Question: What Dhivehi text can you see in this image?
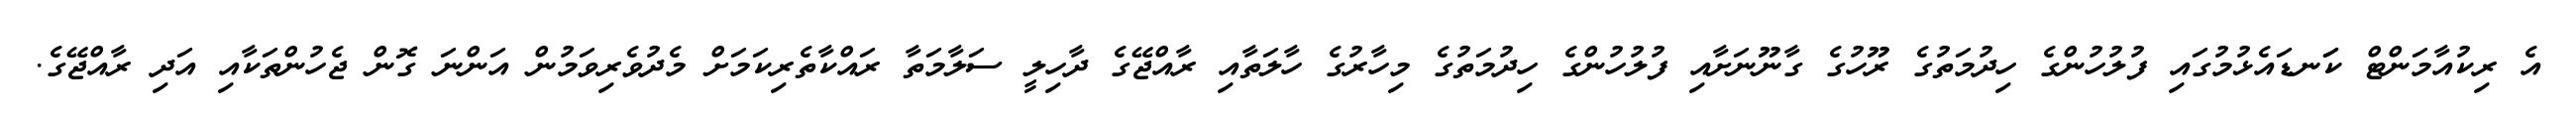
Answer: އެ ރިކުއާމަންޓް ކަަނޑައެޅުމުގައި ފުލުހުންގެ ހިދުމަތުގެ ރޫހުގެ ގާނޫނަށާއި ފުލުހުންގެ ހިދުމަތުގެ މިހާރުގެ ހާލަތާއި ރާއްޖޭގެ ދާހިލީ ސަލާމަތާ ރައްކާތެރިކަމަށް މެދުވެރިވަމުން އަންނަ ގޮން ޖެހުންތަކާއި އަދި ރާއްޖޭގެ.